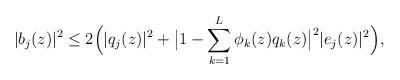
LaTeX: \begin{align*}|b_j(z)|^2\le 2 \Big(|q_j(z)|^2+\big|1-\sum_{k=1}^L\phi_k(z)q_k(z)\big|^2 |e_j(z)|^2\Big),\end{align*}